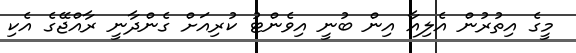
މީގެ އިތުރުން އެލިއާ އިން ބުނީ އިވެންޓު ކުރިއަށް ގެންދާނީ ރާއްޖޭގެ އެކި